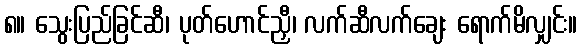
၈။ သွေးပြည်ခြင်ဆီ၊ ပုတ်ဟောင်ညှီ၊ လက်ဆီလက်ချေး ရောက်မိလျှင်း။